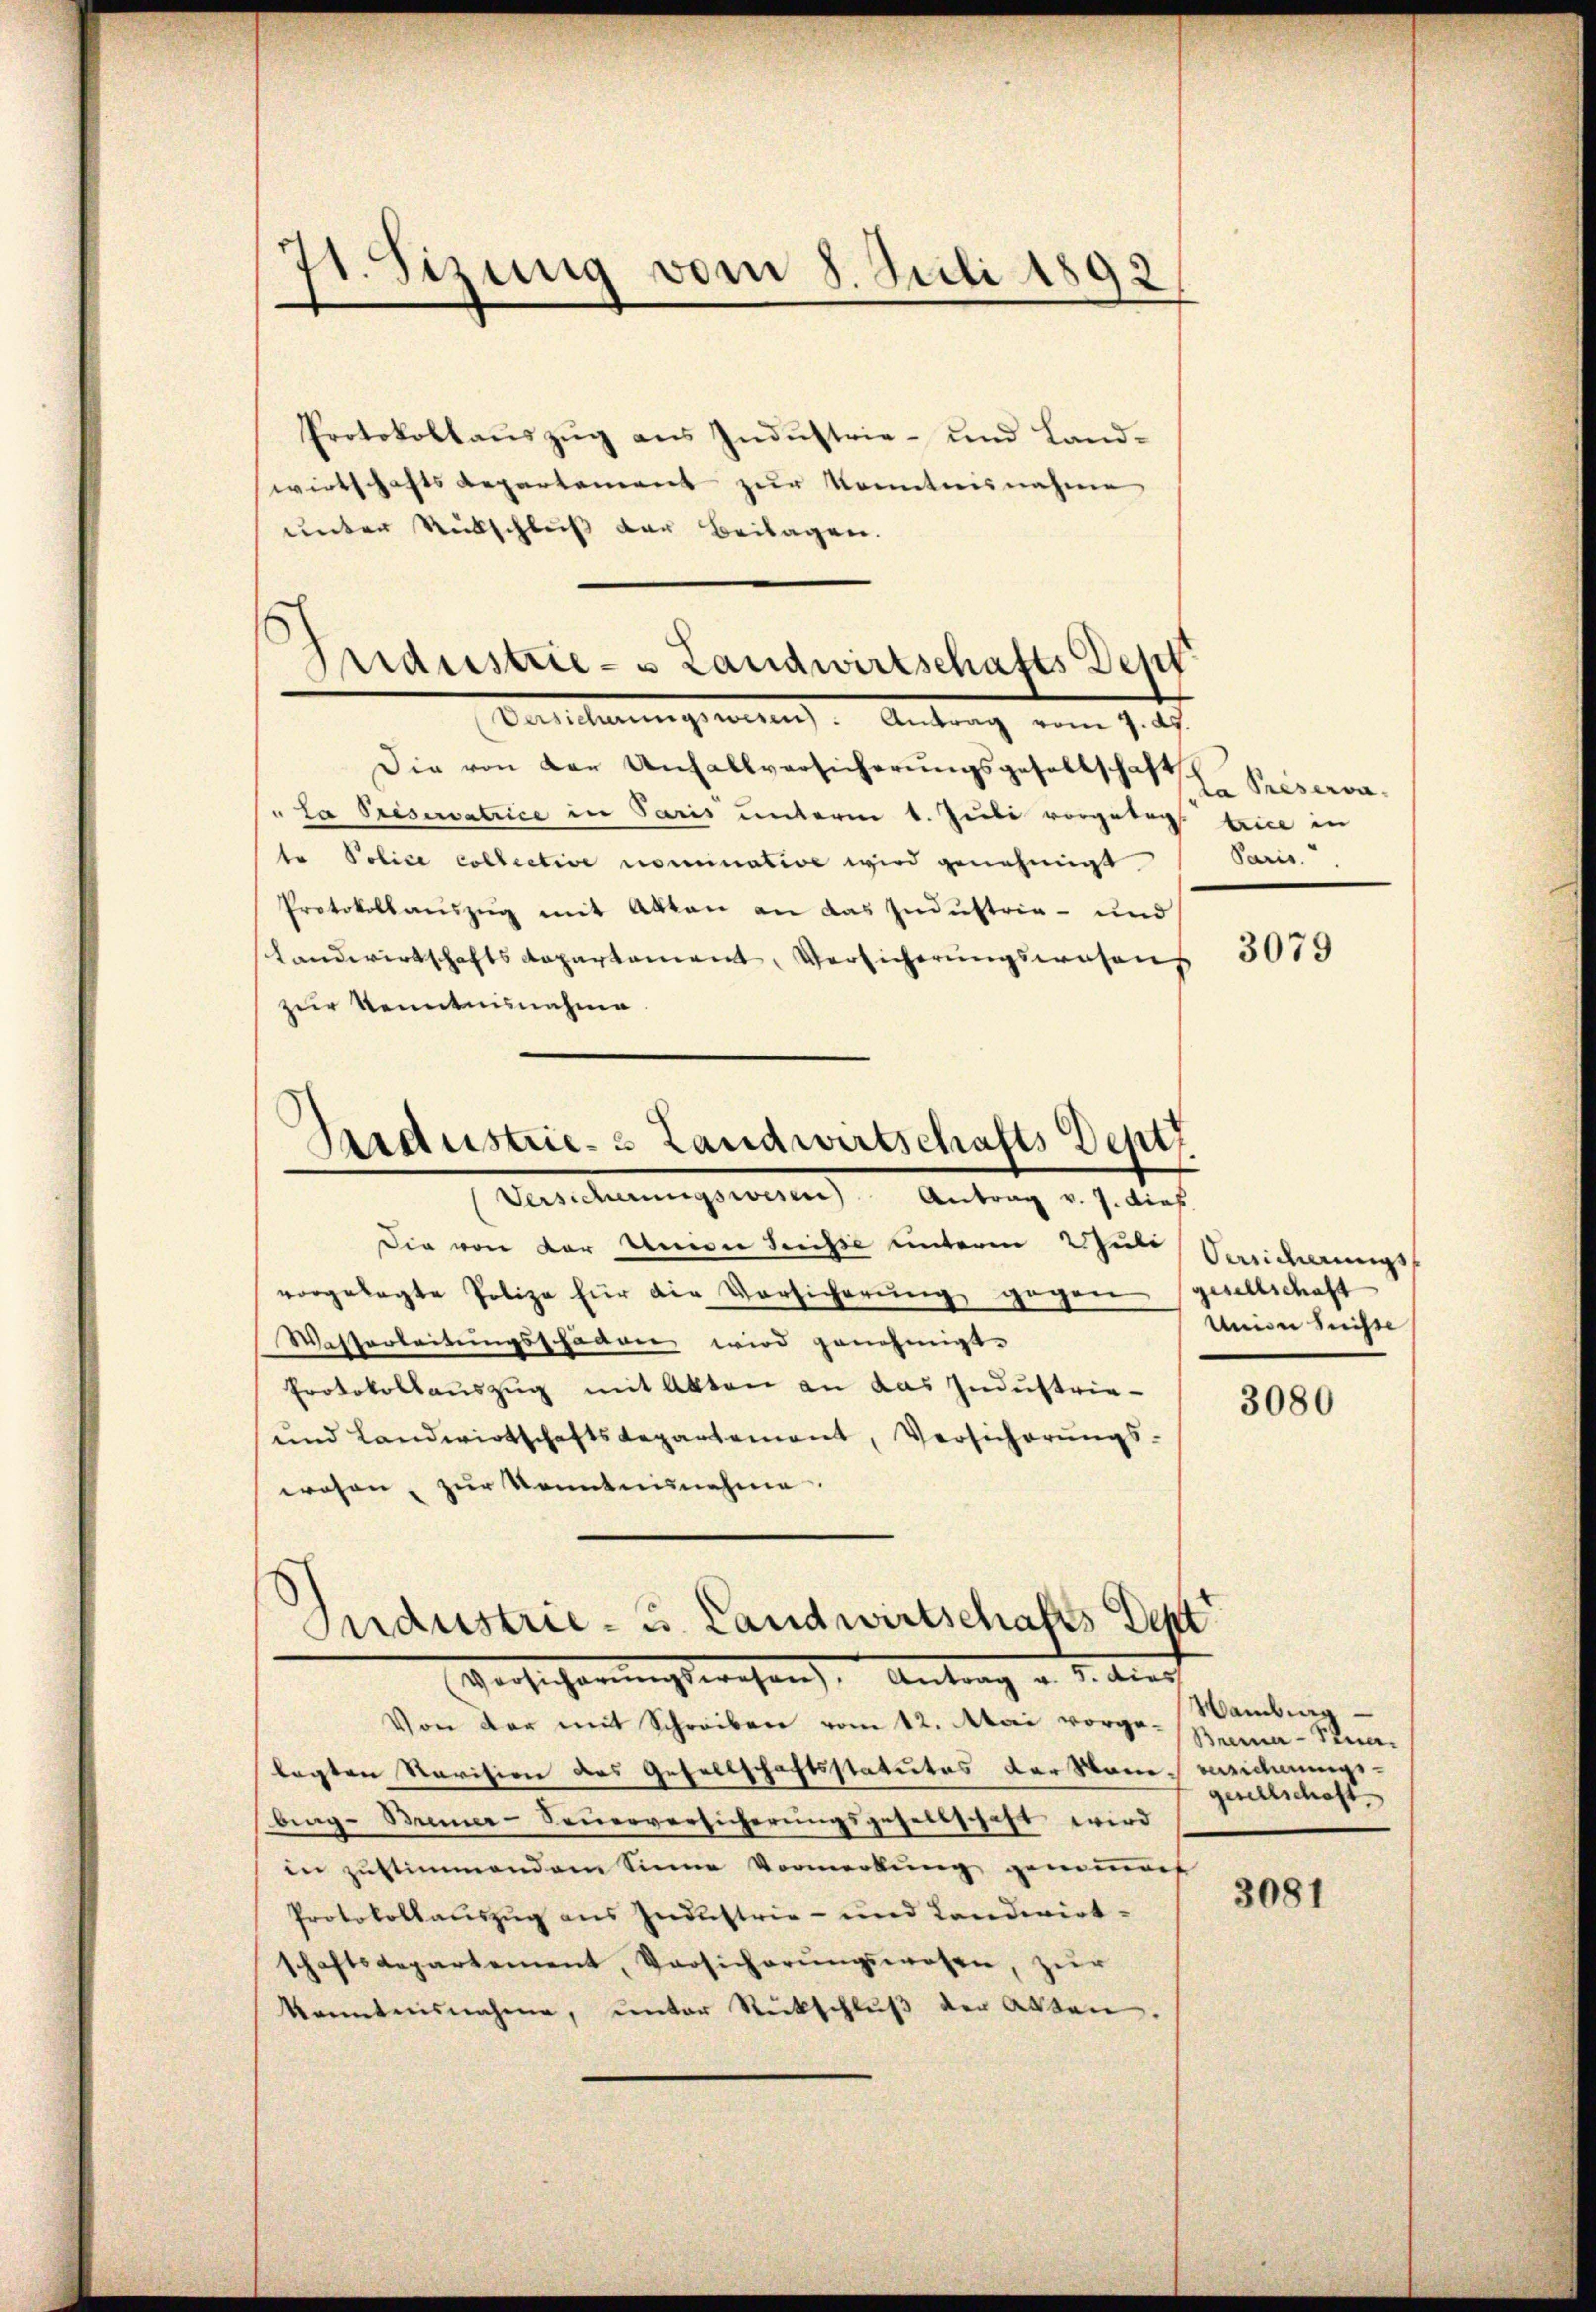
st. Sizung vom 8. Juli 1892

¬
Industrie- & Landwirtschafts Dept

Protokollaŭszŭg ans Indŭstrie- und Land-
wirtschafts Repartement zur Kenntnisnahme
unter Rückschluß der Beilagen.
Valleleugnung. Antrag vom 7. ds.
Die von der Unfallversicherungsgesellschaft
"La Préservatrice in Paris unterm 1. Juli vorgelegt. seine in
te Police collective nominative wird genehmigt.
Protokollauszug mit Akten an das Industria - und
Landwirtschaftsdepartament, Versicherŭngswesens 3015
zur Kenntnisnahme

Aardustrie 3 Landwirtschafts Deptz
Versicherungswesen Antrag v. J. dies

Industrie- u. Landwirtschafts Dent
Versicherungswesen, Antrag u. 3. durch

Die von der Univer Serisse unterm Schule Sanderungs
vorgelegte Polize für die Vorsicherŭng gegen gesellschaft
Wesserleitungsschaden wird genehmigt.
Protokollauszug mit Akten an das Industrie-
und Landwirtschaftsdepartement, Versicherŭngs-
wesen, zur Kenntnisnehme.

la Préserva¬
Paris.

Von der mit Schreiben vom 12. Mai vorge-Zama-Stralagten Revision des Gesellschaftsstatutes der Stani weicherungs-
brag-Meier-Seuerversicherungsgesellschaft wird
in Zustimmendem Sinne Vormerkung gemeindes
Protokollauszug aus Industrie- und Landwirt-
schaftsdepartement, Versicherungswesen, zur
kanntensnahme, unter Rückschluß der Akten.

Union heisse

3080

Wamburg
gesellschaft.

3081